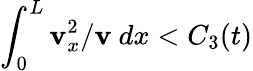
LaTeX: \int_{0}^{L}\mathbf{v}_{x}^{2}/\mathbf{v}~dx<C_{3}(t)